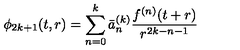
\phi _ { 2 k + 1 } ( t , r ) = \sum _ { n = 0 } ^ { k } \bar { a } _ { n } ^ { ( k ) } \frac { f ^ { ( n ) } ( t + r ) } { r ^ { 2 k - n - 1 } }